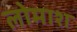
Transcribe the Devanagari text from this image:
लोमाश